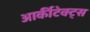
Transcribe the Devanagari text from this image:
आर्कीटेक्ट्स